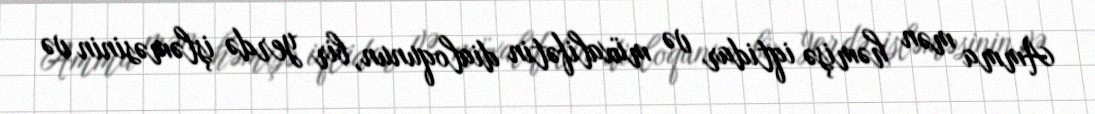
Amma mən həmişə iqtidar və müxalifətin dialoqunun, bir yerdə işləməsinin və